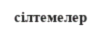
cілтемелер